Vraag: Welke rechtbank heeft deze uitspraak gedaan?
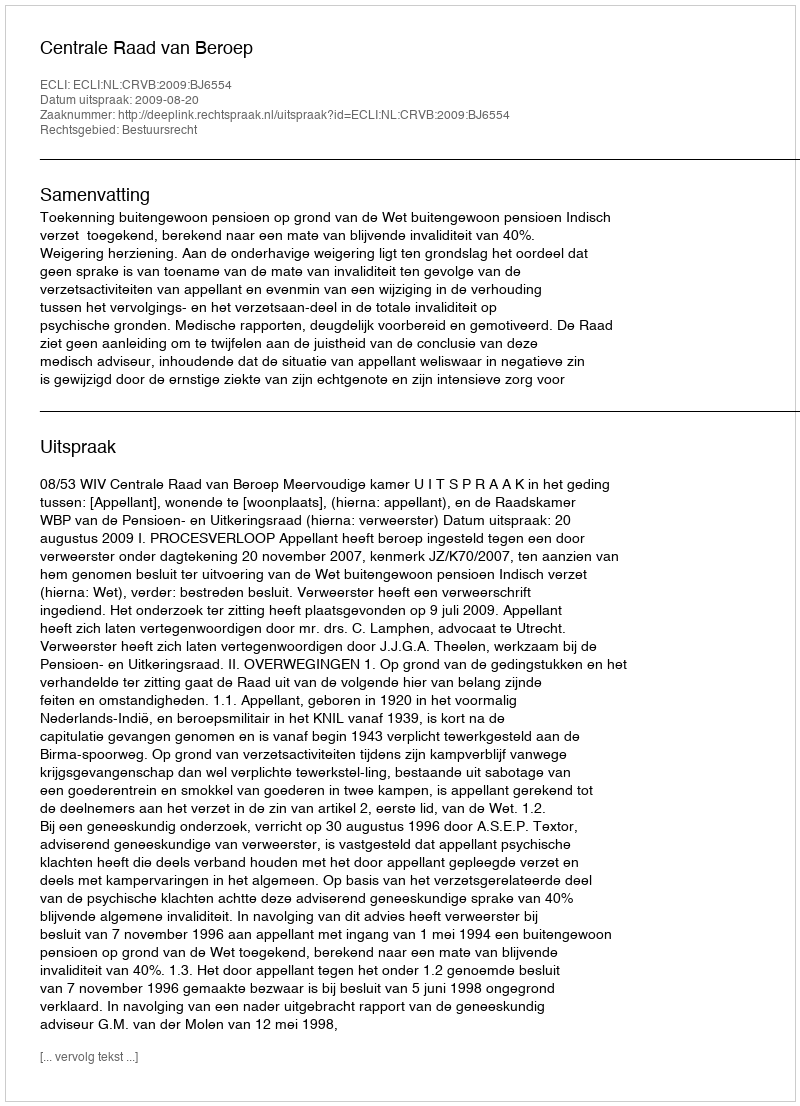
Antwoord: Centrale Raad van Beroep